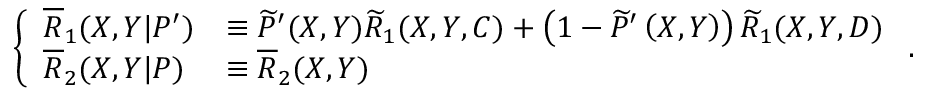
\left\{ \begin{array} { l l } { \overline { { R } } _ { 1 } ( X , Y | P ^ { \prime } ) } & { \equiv \widetilde { P } ^ { \prime } ( X , Y ) \widetilde { R } _ { 1 } ( X , Y , C ) + \left( 1 - \widetilde { P } ^ { \prime } \left( X , Y \right) \right) \widetilde { R } _ { 1 } ( X , Y , D ) } \\ { \overline { { R } } _ { 2 } ( X , Y | P ) } & { \equiv \overline { { R } } _ { 2 } ( X , Y ) } \end{array} \right. .